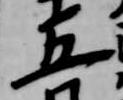
五